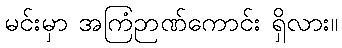
မင်းမှာ အကြံဉာဏ်ကောင်း ရှိလား။